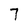
Character: 7